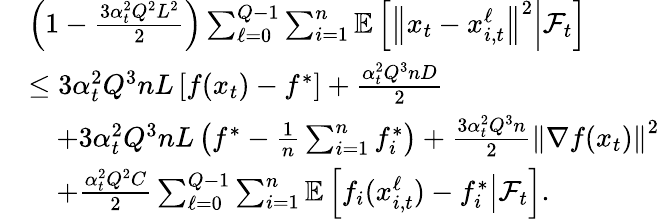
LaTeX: \begin{array}{rl}&{\left(1-\frac{3\alpha_{t}^{2}Q^{2}L^{2}}{2}\right)\sum_{\ell=0}^{Q-1}\sum_{i=1}^{n}\mathbb{E}\left[\left\Vert x_{t}-x_{i,t}^{\ell}\right\Vert^{2}\middle|\mathcal{F}_{t}\right]}\\ &{\leq 3\alpha_{t}^{2}Q^{3}nL\left[f(x_{t})-f^{*}\right]+\frac{\alpha_{t}^{2}Q^{3}nD}{2}}\\ &{\quad+3\alpha_{t}^{2}Q^{3}nL\left(f^{*}-\frac{1}{n}\sum_{i=1}^{n}f_{i}^{*}\right)+\frac{3\alpha_{t}^{2}Q^{3}n}{2}\left\Vert\nabla f(x_{t})\right\Vert^{2}}\\ &{\quad+\frac{\alpha_{t}^{2}Q^{2}C}{2}\sum_{\ell=0}^{Q-1}\sum_{i=1}^{n}\mathbb{E}\left[f_{i}(x_{i,t}^{\ell})-f_{i}^{*}\middle|\mathcal{F}_{t}\right].}\end{array}